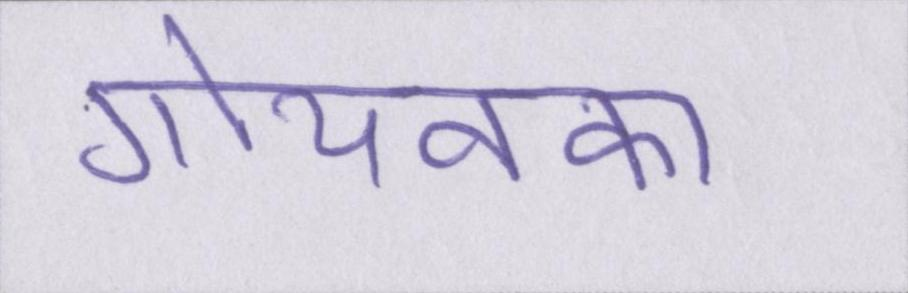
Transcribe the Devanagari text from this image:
गोयनका